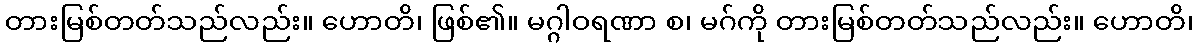
တားမြစ်တတ်သည်လည်း။ ဟောတိ၊ ဖြစ်၏။ မဂ္ဂါဝရဏာ စ၊ မဂ်ကို တားမြစ်တတ်သည်လည်း။ ဟောတိ၊